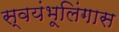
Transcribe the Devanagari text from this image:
स्वयंभूलिंगास